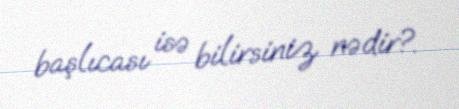
başlıcası isə bilirsiniz nədir?.